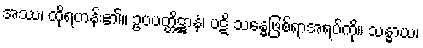
အဿ၊ ထိုရဟန်း၏။ ဥပပတ္တိဋ္ဌာနံ၊ ပဋိ သန္ဓေဖြစ်ရာအရပ်ကို။ သန္ဓာယ၊